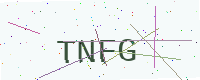
Text: TNFG